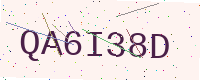
Text: QA6I38D